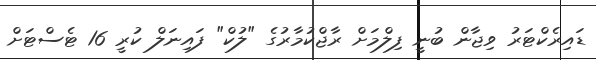
ޑައިރެކްޓަރު ވިޖާން ބުނީ ފިލްމަށް ރާޖްކުމާރުގެ "ލުކް" ފައިނަލް ކުރީ 16 ޓެސްޓަށް